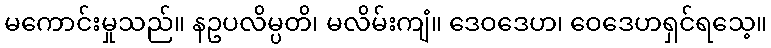
မကောင်းမှုသည်။ နဥပလိမ္ပတိ၊ မလိမ်းကျံ။ ဒေဝဒေဟ၊ ဝေဒေဟရှင်ရသေ့။